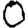
Digit: 0